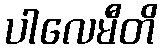
ပါလေမီတိ